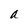
Character: a